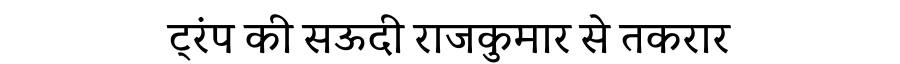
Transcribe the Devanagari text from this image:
ट्रंप की सऊदी राजकुमार से तकरार